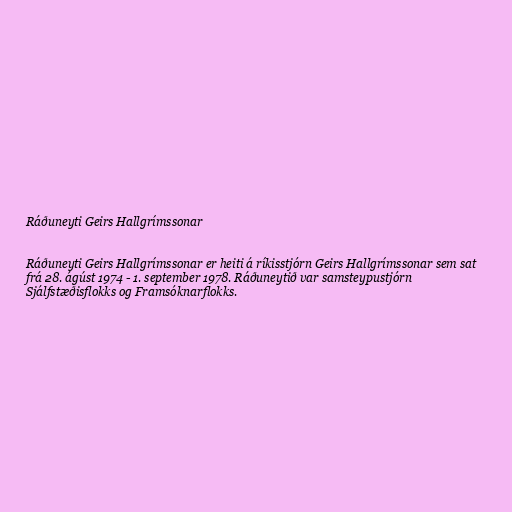
Ráðuneyti Geirs Hallgrímssonar

Ráðuneyti Geirs Hallgrímssonar er heiti á ríkisstjórn Geirs Hallgrímssonar sem sat
frá 28. ágúst 1974 - 1. september 1978. Ráðuneytið var samsteypustjórn
Sjálfstæðisflokks og Framsóknarflokks.